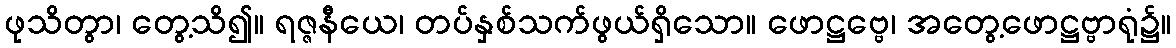
ဖုသိတွာ၊ တွေ့သိ၍။ ရဇ္ဇနီယေ၊ တပ်နှစ်သက်ဖွယ်ရှိသော။ ဖောဋ္ဌဗ္ဗေ၊ အတွေ့ဖောဋ္ဌဗ္ဗာရုံ၌။